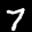
Label: 7